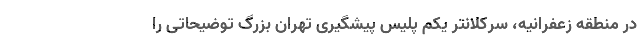
در منطقه زعفرانیه، سرکلانتر یکم پلیس پیشگیری تهران بزرگ توضیحاتی را